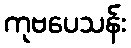
ကုဗပေသန်း